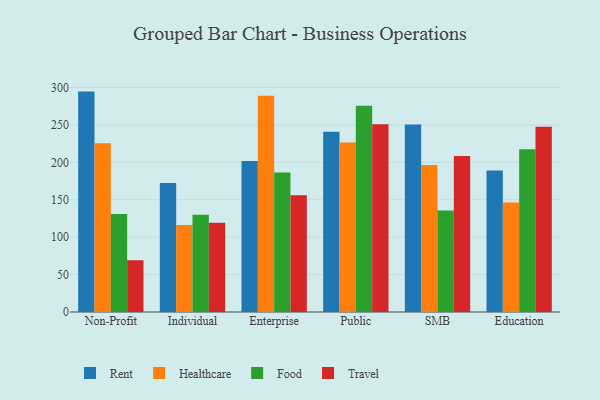
{"axis": {"x": "Segment", "y": "LTV (USD)"}, "legend": ["Food", "Healthcare", "Rent", "Travel"], "data": [{"x": "Non-Profit", "y": 294.6, "type": "Rent"}, {"x": "Non-Profit", "y": 225.7, "type": "Healthcare"}, {"x": "Non-Profit", "y": 131.1, "type": "Food"}, {"x": "Non-Profit", "y": 69.2, "type": "Travel"}, {"x": "Individual", "y": 172.5, "type": "Rent"}, {"x": "Individual", "y": 116.2, "type": "Healthcare"}, {"x": "Individual", "y": 130.0, "type": "Food"}, {"x": "Individual", "y": 119.2, "type": "Travel"}, {"x": "Enterprise", "y": 201.9, "type": "Rent"}, {"x": "Enterprise", "y": 288.9, "type": "Healthcare"}, {"x": "Enterprise", "y": 186.4, "type": "Food"}, {"x": "Enterprise", "y": 156.0, "type": "Travel"}, {"x": "Public", "y": 240.9, "type": "Rent"}, {"x": "Public", "y": 226.5, "type": "Healthcare"}, {"x": "Public", "y": 275.7, "type": "Food"}, {"x": "Public", "y": 251.0, "type": "Travel"}, {"x": "SMB", "y": 250.5, "type": "Rent"}, {"x": "SMB", "y": 196.4, "type": "Healthcare"}, {"x": "SMB", "y": 135.7, "type": "Food"}, {"x": "SMB", "y": 208.4, "type": "Travel"}, {"x": "Education", "y": 189.1, "type": "Rent"}, {"x": "Education", "y": 146.4, "type": "Healthcare"}, {"x": "Education", "y": 217.4, "type": "Food"}, {"x": "Education", "y": 247.6, "type": "Travel"}]}